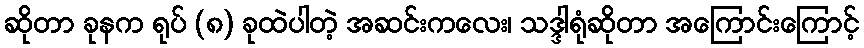
ဆိုတာ ခုနက ရုပ် (၈) ခုထဲပါတဲ့ အဆင်းကလေး၊ သဒ္ဒါရုံဆိုတာ အကြောင်းကြောင့်